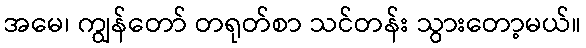
အမေ၊ ကျွန်တော် တရုတ်စာ သင်တန်း သွားတော့မယ်။